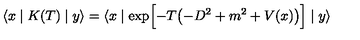
\langle x \mid K ( T ) \mid y \rangle = \langle x \mid \exp \Bigl [ - T \bigl ( - D ^ { 2 } + m ^ { 2 } + V ( x ) \bigr ) \Bigr ] \mid y \rangle